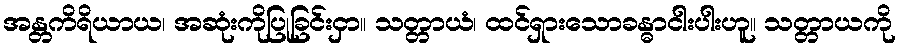
အန္တကိရိယာယ၊ အဆုံးကိုပြုခြင်းငှာ။ သတ္တာယံ၊ ထင်ရှားသောခန္ဓာငါးပါးဟူ။ သတ္တာယကို